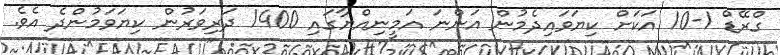
ގްރޭޑް 1-10 އަކަށް ކިޔަވައިދެމުން އަންނަ އަމީނިއްޔާގައި 1400 ދަރިވަރުން ކިޔަވަމުންދެ އެވެ.